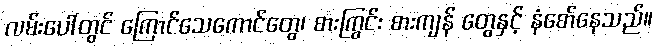
လမ်းပေါ်တွင် ကြောင်သေကောင်တွေ၊ စားကြွင်း စားကျန် တွေနှင့် နံစော်နေသည်။